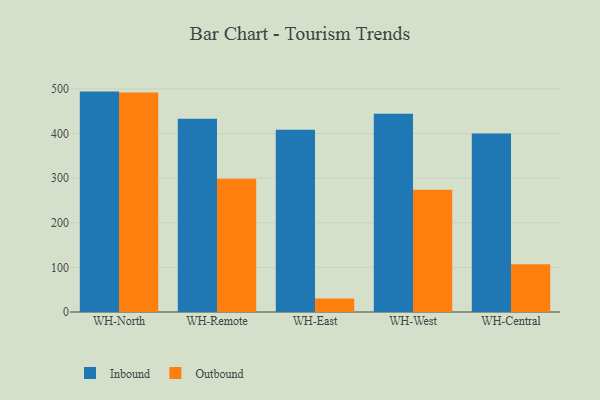
{"axis": {"x": "Warehouse", "y": "LTV (USD)"}, "legend": ["Inbound", "Outbound"], "data": [{"x": "WH-North", "y": 493.8, "type": "Inbound"}, {"x": "WH-North", "y": 491.9, "type": "Outbound"}, {"x": "WH-Remote", "y": 433.1, "type": "Inbound"}, {"x": "WH-Remote", "y": 298.6, "type": "Outbound"}, {"x": "WH-East", "y": 408.2, "type": "Inbound"}, {"x": "WH-East", "y": 30.1, "type": "Outbound"}, {"x": "WH-West", "y": 444.0, "type": "Inbound"}, {"x": "WH-West", "y": 273.8, "type": "Outbound"}, {"x": "WH-Central", "y": 400.0, "type": "Inbound"}, {"x": "WH-Central", "y": 107.2, "type": "Outbound"}]}